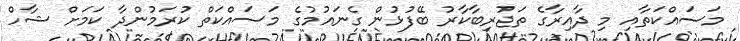
މަސައްކަތާއި މި ދާއިރާގެ ތަޖުރިބާކާރު ބޭފުޅުން ގެނައުމުގެ މަސައްކަތް ކުރަމުންދާ ކަމަށް ޝާހް